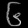
Digit: ၆